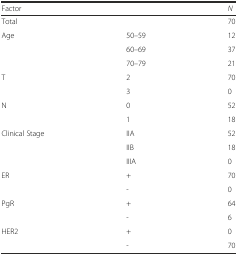
| Factor |  | N |
 | --- | --- | --- |
 | Total |  | 70 |
 | Age | 50–59 | 12 |
 |  | 60–69 | 37 |
 |  | 70–79 | 21 |
 | T | 2 | 70 |
 |  | 3 | 0 |
 | N | 0 | 52 |
 |  | 1 | 18 |
 | Clinical Stage | IIA | 52 |
 |  | IIB | 18 |
 |  | IIIA | 0 |
 | ER | + | 70 |
 |  | - | 0 |
 | PgR | + | 64 |
 |  | - | 6 |
 | HER2 | + | 0 |
 |  | - | 70 |